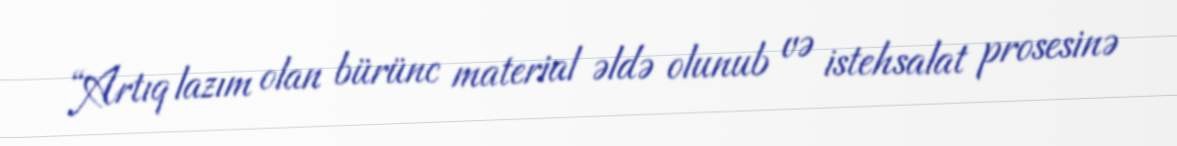
“Artıq lazım olan bürünc material əldə olunub və istehsalat prosesinə